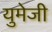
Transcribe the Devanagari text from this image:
युमेजी